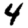
Digit: 4